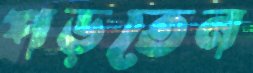
পড়তেন